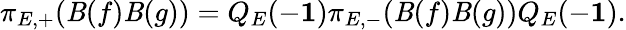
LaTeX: \pi_{E,+}(\mathit{B}(f)\mathit{B}(g))=Q_{E}(-{\mathbf{1}})\pi_{E,-}(\mathit{B}(f)\mathit{B}(g))Q_{E}(-{\mathbf{1}}).